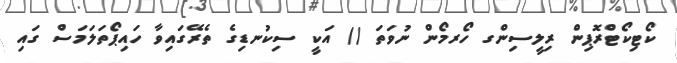
ކޯޓިކޯޓްރޮޕިން ރިލީސިންގ ހޯރމޯން ނުވަތަ () އަކީ ސިކުނޑިގެ ތެރޭގައިވާ ހައިޕޯތަލަމަސް ގައި